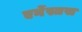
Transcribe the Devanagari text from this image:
एर्नेस्तस